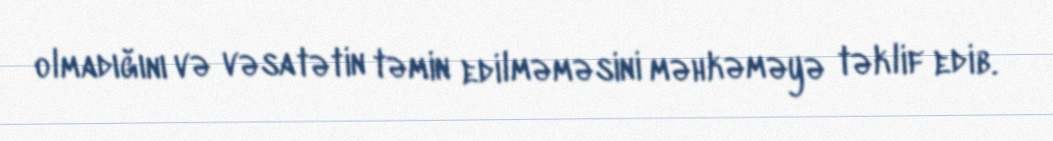
olmadığını və vəsatətin təmin edilməməsini məhkəməyə təklif edib.